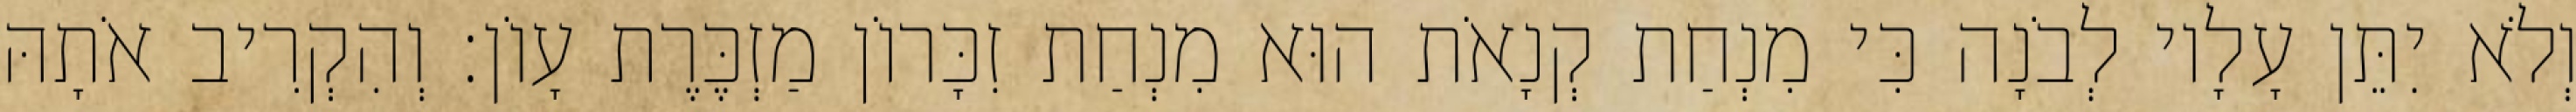
וְלֹא יִתֵּן עָלָיו לְבֹנָה כִּי מִנְחַת קְנָאֹת הוּא מִנְחַת זִכָּרוֹן מַזְכֶּרֶת עָוֹן׃ וְהִקְרִיב אֹתָהּ